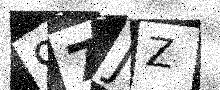
Text: 97JZ